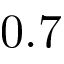
0 . 7